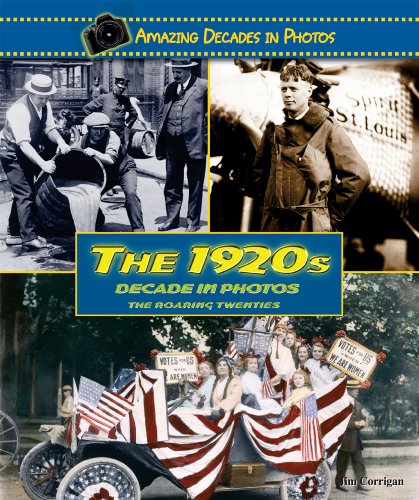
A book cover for The 1920s Decade in Photos: The Roaring Twenties (Amazing Decades in Photos); Jim Corrigan; Children's Books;